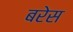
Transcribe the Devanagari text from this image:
बरेस